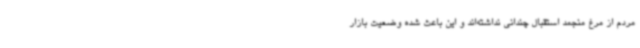
مردم از مرغ منجمد استقبال چندانی نداشته‌اند و این باعث شده وضعیت بازار